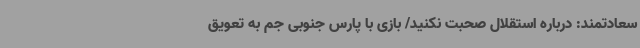
سعادتمند: درباره استقلال صحبت نکنید/ بازی با پارس جنوبی جم به تعویق